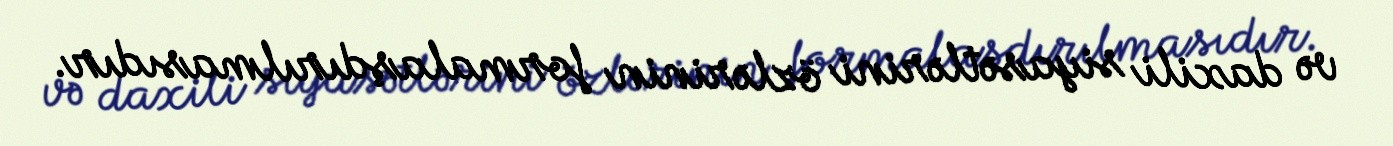
və daxili siyasətlərini özlərinin formalaşdırılmasıdır.